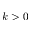
k > 0